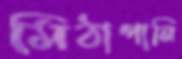
মিঠাপানি